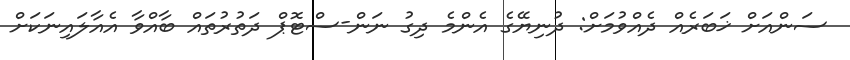
ސަންއަށް ޚަބަރެއް ދެއްވުމަށް: ދުނިޔޭގެ އެންމެ ދިގު ނަން-ސްޓޮޕް ދަތުރުތައް ބާއްވާ އެއާލައިނަކަށް